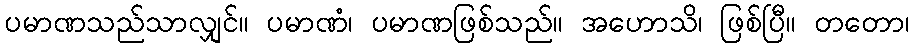
ပမာဏသည်သာလျှင်။ ပမာဏံ၊ ပမာဏဖြစ်သည်။ အဟောသိ၊ ဖြစ်ပြီ။ တတော၊